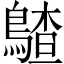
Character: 𪃵